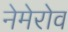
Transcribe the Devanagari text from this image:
नेमेरोव